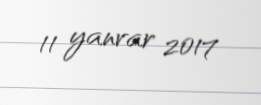
11 yanvar 2017